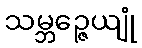
သမ္ဘဉ္ဇေယျုံ